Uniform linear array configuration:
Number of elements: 4
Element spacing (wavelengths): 0.75
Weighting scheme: hann
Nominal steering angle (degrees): -30
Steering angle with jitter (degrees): -31.949
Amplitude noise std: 0.05
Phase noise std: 0.05

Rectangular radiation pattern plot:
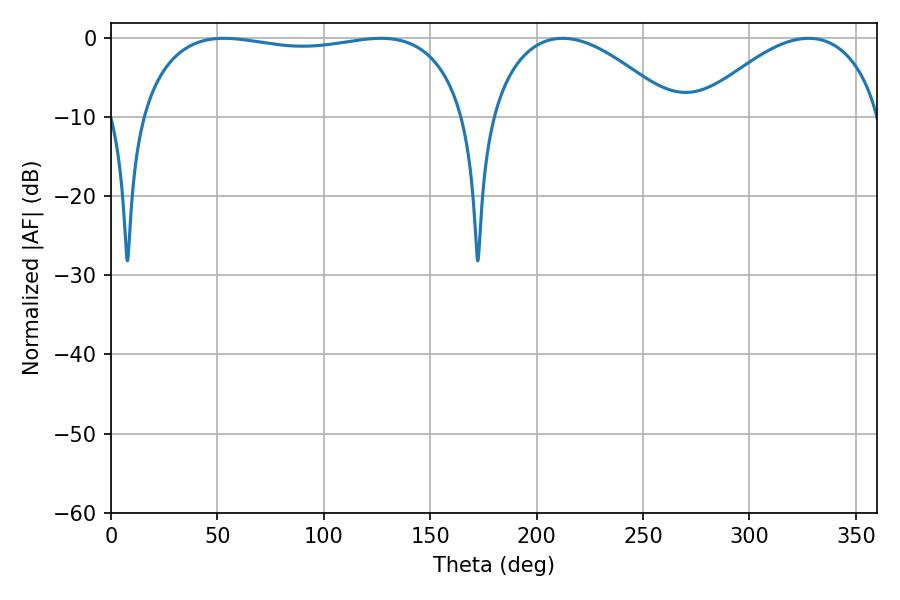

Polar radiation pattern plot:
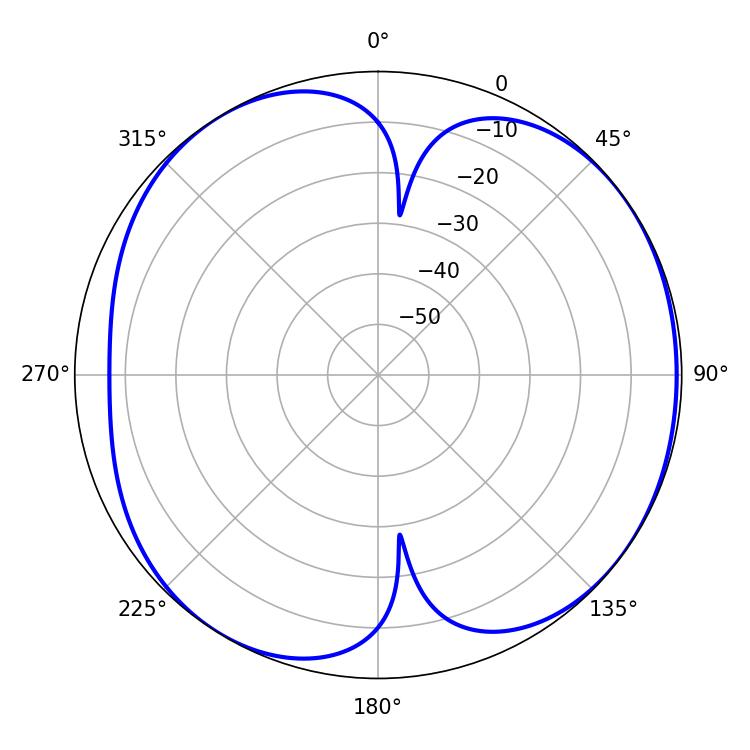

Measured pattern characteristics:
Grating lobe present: TRUE
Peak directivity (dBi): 5.847
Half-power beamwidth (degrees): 48.42
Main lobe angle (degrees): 212.22